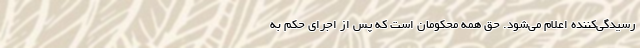
رسیدگی‌کننده اعلام می‌شود. حق همه محکومان است که پس از اجرای حکم به